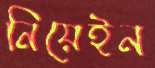
নিয়েইন